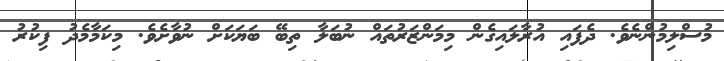
މުސްލިމުންނެވެ. ދެފައި އުރާލައިގެން މިމަންޒަރުތައް ނުބަލާ ތިބޭ ބަޔަކަށް ނުވާށެވެ. މިކަމާމެދު ފިކުރު